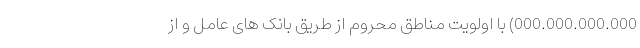
000.000.000.000) با اولویت مناطق محروم از طریق بانک های عامل و از